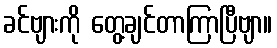
ခင်ဗျားကို တွေ့ချင်တာကြာပြီဗျာ။